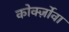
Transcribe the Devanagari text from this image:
कोर्क्ज़ोवा